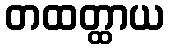
တထတ္ထာယ